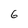
Character: 6